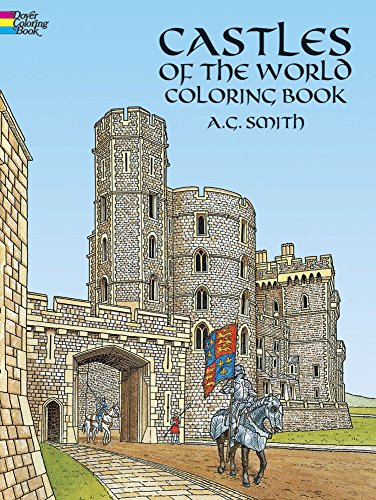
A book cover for Castles of the World Coloring Book (Dover History Coloring Book); A. G. Smith; Children's Books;